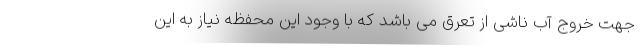
جهت خروج آب ناشی از تعرق می باشد که با وجود این محفظه نیاز به این